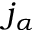
j _ { \alpha }